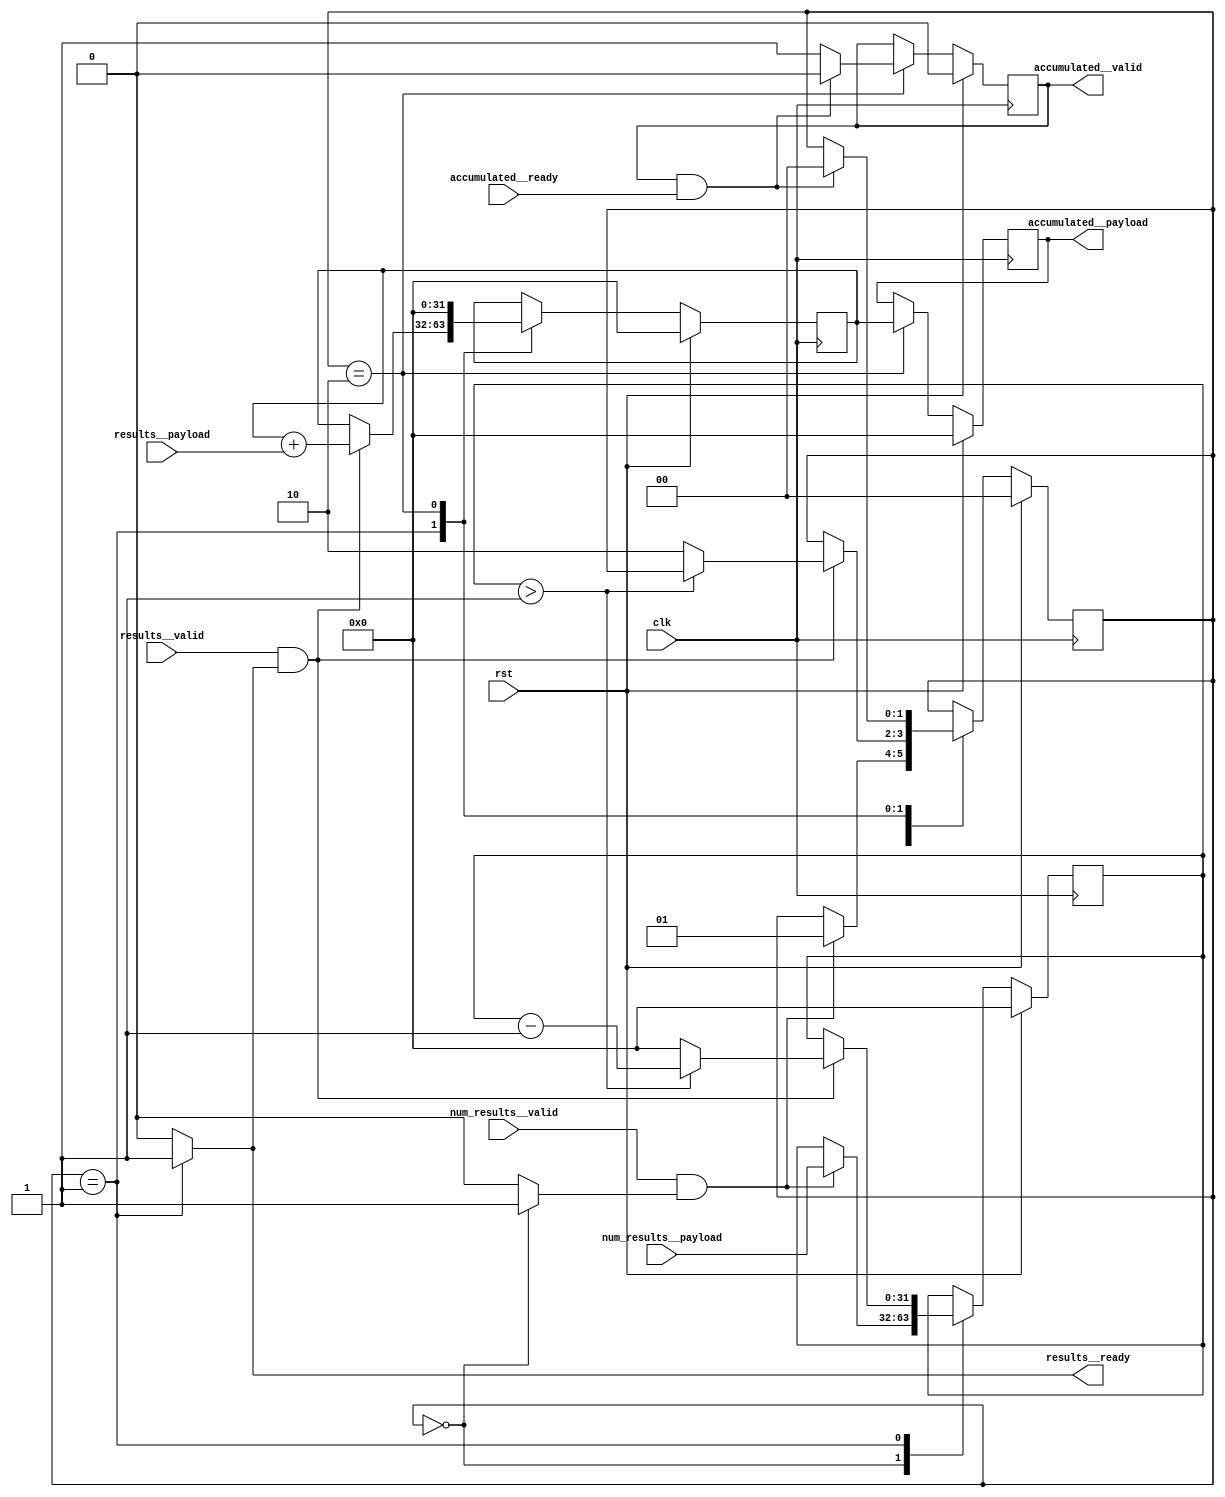
module result_accumulator(results__payload, results__ready, num_results__payload, num_results__valid, accumulated__valid, accumulated__payload, accumulated__ready, rst, clk, results__valid);
  reg \initial  = 0;
  (* src = "/media/tim/GIT/tcal-x/CFU-Playground/proj/hps_accel/gateware/stream/stream.py:98" *)
  wire \$1 ;
  (* src = "/media/tim/GIT/tcal-x/CFU-Playground/proj/hps_accel/gateware/stream/stream.py:98" *)
  wire \$10 ;
  (* src = "/media/tim/GIT/tcal-x/CFU-Playground/proj/hps_accel/gateware/stream/stream.py:98" *)
  wire \$12 ;
  (* src = "/media/tim/GIT/tcal-x/CFU-Playground/proj/hps_accel/gateware/gen1/hps_cfu.py:99" *)
  wire \$14 ;
  (* src = "/media/tim/GIT/tcal-x/CFU-Playground/proj/hps_accel/gateware/stream/stream.py:98" *)
  wire \$16 ;
  (* src = "/media/tim/GIT/tcal-x/CFU-Playground/proj/hps_accel/gateware/stream/stream.py:98" *)
  wire \$18 ;
  (* src = "/media/tim/GIT/tcal-x/CFU-Playground/proj/hps_accel/gateware/gen1/hps_cfu.py:97" *)
  wire [32:0] \$20 ;
  (* src = "/media/tim/GIT/tcal-x/CFU-Playground/proj/hps_accel/gateware/gen1/hps_cfu.py:97" *)
  wire [32:0] \$21 ;
  (* src = "/media/tim/GIT/tcal-x/CFU-Playground/proj/hps_accel/gateware/stream/stream.py:98" *)
  wire \$23 ;
  (* src = "/media/tim/GIT/tcal-x/CFU-Playground/proj/hps_accel/gateware/stream/stream.py:98" *)
  wire \$3 ;
  (* src = "/media/tim/GIT/tcal-x/CFU-Playground/proj/hps_accel/gateware/gen1/hps_cfu.py:99" *)
  wire \$5 ;
  (* src = "/media/tim/GIT/tcal-x/CFU-Playground/proj/hps_accel/gateware/gen1/hps_cfu.py:100" *)
  wire [32:0] \$7 ;
  (* src = "/media/tim/GIT/tcal-x/CFU-Playground/proj/hps_accel/gateware/gen1/hps_cfu.py:100" *)
  wire [32:0] \$8 ;
  (* src = "/media/tim/GIT/tcal-x/CFU-Playground/proj/hps_accel/gateware/gen1/hps_cfu.py:83" *)
  output [31:0] accumulated__payload;
  reg [31:0] accumulated__payload = 32'd0;
  (* src = "/media/tim/GIT/tcal-x/CFU-Playground/proj/hps_accel/gateware/gen1/hps_cfu.py:83" *)
  reg [31:0] \accumulated__payload$next ;
  (* src = "/media/tim/GIT/tcal-x/CFU-Playground/proj/hps_accel/gateware/gen1/hps_cfu.py:83" *)
  input accumulated__ready;
  (* src = "/media/tim/GIT/tcal-x/CFU-Playground/proj/hps_accel/gateware/gen1/hps_cfu.py:83" *)
  output accumulated__valid;
  reg accumulated__valid = 1'h0;
  (* src = "/media/tim/GIT/tcal-x/CFU-Playground/proj/hps_accel/gateware/gen1/hps_cfu.py:83" *)
  reg \accumulated__valid$next ;
  (* src = "/media/tim/GIT/tcal-x/CFU-Playground/proj/hps_accel/gateware/gen1/hps_cfu.py:87" *)
  reg [31:0] accumulator = 32'd0;
  (* src = "/media/tim/GIT/tcal-x/CFU-Playground/proj/hps_accel/gateware/gen1/hps_cfu.py:87" *)
  reg [31:0] \accumulator$next ;
  (* src = "/media/tim/GIT/tcal-x/CFU-Playground/third_party/python/nmigen/nmigen/hdl/ir.py:524" *)
  input clk;
  (* src = "/media/tim/GIT/tcal-x/CFU-Playground/proj/hps_accel/gateware/gen1/hps_cfu.py:88" *)
  reg [1:0] fsm_state = 2'h0;
  (* src = "/media/tim/GIT/tcal-x/CFU-Playground/proj/hps_accel/gateware/gen1/hps_cfu.py:88" *)
  reg [1:0] \fsm_state$next ;
  (* src = "/media/tim/GIT/tcal-x/CFU-Playground/proj/hps_accel/gateware/gen1/hps_cfu.py:81" *)
  input [31:0] num_results__payload;
  (* src = "/media/tim/GIT/tcal-x/CFU-Playground/proj/hps_accel/gateware/gen1/hps_cfu.py:81" *)
  reg num_results__ready;
  (* src = "/media/tim/GIT/tcal-x/CFU-Playground/proj/hps_accel/gateware/gen1/hps_cfu.py:81" *)
  input num_results__valid;
  (* src = "/media/tim/GIT/tcal-x/CFU-Playground/proj/hps_accel/gateware/gen1/hps_cfu.py:82" *)
  input [31:0] results__payload;
  (* src = "/media/tim/GIT/tcal-x/CFU-Playground/proj/hps_accel/gateware/gen1/hps_cfu.py:82" *)
  output results__ready;
  reg results__ready;
  (* src = "/media/tim/GIT/tcal-x/CFU-Playground/proj/hps_accel/gateware/gen1/hps_cfu.py:82" *)
  input results__valid;
  (* src = "/media/tim/GIT/tcal-x/CFU-Playground/proj/hps_accel/gateware/gen1/hps_cfu.py:86" *)
  reg [31:0] results_counter = 32'd0;
  (* src = "/media/tim/GIT/tcal-x/CFU-Playground/proj/hps_accel/gateware/gen1/hps_cfu.py:86" *)
  reg [31:0] \results_counter$next ;
  (* src = "/media/tim/GIT/tcal-x/CFU-Playground/third_party/python/nmigen/nmigen/hdl/ir.py:524" *)
  input rst;
  assign \$10  = num_results__valid & (* src = "/media/tim/GIT/tcal-x/CFU-Playground/proj/hps_accel/gateware/stream/stream.py:98" *) num_results__ready;
  assign \$12  = results__valid & (* src = "/media/tim/GIT/tcal-x/CFU-Playground/proj/hps_accel/gateware/stream/stream.py:98" *) results__ready;
  assign \$14  = results_counter > (* src = "/media/tim/GIT/tcal-x/CFU-Playground/proj/hps_accel/gateware/gen1/hps_cfu.py:99" *) 1'h1;
  assign \$16  = accumulated__valid & (* src = "/media/tim/GIT/tcal-x/CFU-Playground/proj/hps_accel/gateware/stream/stream.py:98" *) accumulated__ready;
  assign \$18  = results__valid & (* src = "/media/tim/GIT/tcal-x/CFU-Playground/proj/hps_accel/gateware/stream/stream.py:98" *) results__ready;
  assign \$1  = num_results__valid & (* src = "/media/tim/GIT/tcal-x/CFU-Playground/proj/hps_accel/gateware/stream/stream.py:98" *) num_results__ready;
  assign \$21  = $signed(accumulator) + (* src = "/media/tim/GIT/tcal-x/CFU-Playground/proj/hps_accel/gateware/gen1/hps_cfu.py:97" *) $signed(results__payload);
  assign \$23  = accumulated__valid & (* src = "/media/tim/GIT/tcal-x/CFU-Playground/proj/hps_accel/gateware/stream/stream.py:98" *) accumulated__ready;
  assign \$3  = results__valid & (* src = "/media/tim/GIT/tcal-x/CFU-Playground/proj/hps_accel/gateware/stream/stream.py:98" *) results__ready;
  assign \$5  = results_counter > (* src = "/media/tim/GIT/tcal-x/CFU-Playground/proj/hps_accel/gateware/gen1/hps_cfu.py:99" *) 1'h1;
  assign \$8  = results_counter - (* src = "/media/tim/GIT/tcal-x/CFU-Playground/proj/hps_accel/gateware/gen1/hps_cfu.py:100" *) 1'h1;
  always @(posedge clk)
    accumulated__valid <= \accumulated__valid$next ;
  always @(posedge clk)
    accumulated__payload <= \accumulated__payload$next ;
  always @(posedge clk)
    accumulator <= \accumulator$next ;
  always @(posedge clk)
    fsm_state <= \fsm_state$next ;
  always @(posedge clk)
    results_counter <= \results_counter$next ;
  always @* begin
    if (\initial ) begin end
    num_results__ready = 1'h0;
    (* src = "/media/tim/GIT/tcal-x/CFU-Playground/proj/hps_accel/gateware/gen1/hps_cfu.py:88" *)
    casez (fsm_state)
      /* \nmigen.decoding  = "IDLE/0" */
      /* src = "/media/tim/GIT/tcal-x/CFU-Playground/proj/hps_accel/gateware/gen1/hps_cfu.py:89" */
      2'h0:
          num_results__ready = 1'h1;
    endcase
  end
  always @* begin
    if (\initial ) begin end
    \results_counter$next  = results_counter;
    (* src = "/media/tim/GIT/tcal-x/CFU-Playground/proj/hps_accel/gateware/gen1/hps_cfu.py:88" *)
    casez (fsm_state)
      /* \nmigen.decoding  = "IDLE/0" */
      /* src = "/media/tim/GIT/tcal-x/CFU-Playground/proj/hps_accel/gateware/gen1/hps_cfu.py:89" */
      2'h0:
          (* src = "/media/tim/GIT/tcal-x/CFU-Playground/proj/hps_accel/gateware/gen1/hps_cfu.py:91" *)
          casez (\$1 )
            /* src = "/media/tim/GIT/tcal-x/CFU-Playground/proj/hps_accel/gateware/gen1/hps_cfu.py:91" */
            1'h1:
                \results_counter$next  = num_results__payload;
          endcase
      /* \nmigen.decoding  = "ACCUMULATING/1" */
      /* src = "/media/tim/GIT/tcal-x/CFU-Playground/proj/hps_accel/gateware/gen1/hps_cfu.py:94" */
      2'h1:
          (* src = "/media/tim/GIT/tcal-x/CFU-Playground/proj/hps_accel/gateware/gen1/hps_cfu.py:96" *)
          casez (\$3 )
            /* src = "/media/tim/GIT/tcal-x/CFU-Playground/proj/hps_accel/gateware/gen1/hps_cfu.py:96" */
            1'h1:
                (* full_case = 32'd1 *)
                (* src = "/media/tim/GIT/tcal-x/CFU-Playground/proj/hps_accel/gateware/gen1/hps_cfu.py:99" *)
                casez (\$5 )
                  /* src = "/media/tim/GIT/tcal-x/CFU-Playground/proj/hps_accel/gateware/gen1/hps_cfu.py:99" */
                  1'h1:
                      \results_counter$next  = \$8 [31:0];
                  /* src = "/media/tim/GIT/tcal-x/CFU-Playground/proj/hps_accel/gateware/gen1/hps_cfu.py:101" */
                  default:
                      \results_counter$next  = 32'd0;
                endcase
          endcase
    endcase
    (* src = "/media/tim/GIT/tcal-x/CFU-Playground/third_party/python/nmigen/nmigen/hdl/xfrm.py:519" *)
    casez (rst)
      1'h1:
          \results_counter$next  = 32'd0;
    endcase
  end
  always @* begin
    if (\initial ) begin end
    \fsm_state$next  = fsm_state;
    (* src = "/media/tim/GIT/tcal-x/CFU-Playground/proj/hps_accel/gateware/gen1/hps_cfu.py:88" *)
    casez (fsm_state)
      /* \nmigen.decoding  = "IDLE/0" */
      /* src = "/media/tim/GIT/tcal-x/CFU-Playground/proj/hps_accel/gateware/gen1/hps_cfu.py:89" */
      2'h0:
          (* src = "/media/tim/GIT/tcal-x/CFU-Playground/proj/hps_accel/gateware/gen1/hps_cfu.py:91" *)
          casez (\$10 )
            /* src = "/media/tim/GIT/tcal-x/CFU-Playground/proj/hps_accel/gateware/gen1/hps_cfu.py:91" */
            1'h1:
                \fsm_state$next  = 2'h1;
          endcase
      /* \nmigen.decoding  = "ACCUMULATING/1" */
      /* src = "/media/tim/GIT/tcal-x/CFU-Playground/proj/hps_accel/gateware/gen1/hps_cfu.py:94" */
      2'h1:
          (* src = "/media/tim/GIT/tcal-x/CFU-Playground/proj/hps_accel/gateware/gen1/hps_cfu.py:96" *)
          casez (\$12 )
            /* src = "/media/tim/GIT/tcal-x/CFU-Playground/proj/hps_accel/gateware/gen1/hps_cfu.py:96" */
            1'h1:
                (* full_case = 32'd1 *)
                (* src = "/media/tim/GIT/tcal-x/CFU-Playground/proj/hps_accel/gateware/gen1/hps_cfu.py:99" *)
                casez (\$14 )
                  /* src = "/media/tim/GIT/tcal-x/CFU-Playground/proj/hps_accel/gateware/gen1/hps_cfu.py:99" */
                  1'h1:
                      /* empty */;
                  /* src = "/media/tim/GIT/tcal-x/CFU-Playground/proj/hps_accel/gateware/gen1/hps_cfu.py:101" */
                  default:
                      \fsm_state$next  = 2'h2;
                endcase
          endcase
      /* \nmigen.decoding  = "DONE/2" */
      /* src = "/media/tim/GIT/tcal-x/CFU-Playground/proj/hps_accel/gateware/gen1/hps_cfu.py:104" */
      2'h2:
          (* src = "/media/tim/GIT/tcal-x/CFU-Playground/proj/hps_accel/gateware/gen1/hps_cfu.py:108" *)
          casez (\$16 )
            /* src = "/media/tim/GIT/tcal-x/CFU-Playground/proj/hps_accel/gateware/gen1/hps_cfu.py:108" */
            1'h1:
                \fsm_state$next  = 2'h0;
          endcase
    endcase
    (* src = "/media/tim/GIT/tcal-x/CFU-Playground/third_party/python/nmigen/nmigen/hdl/xfrm.py:519" *)
    casez (rst)
      1'h1:
          \fsm_state$next  = 2'h0;
    endcase
  end
  always @* begin
    if (\initial ) begin end
    results__ready = 1'h0;
    (* src = "/media/tim/GIT/tcal-x/CFU-Playground/proj/hps_accel/gateware/gen1/hps_cfu.py:88" *)
    casez (fsm_state)
      /* \nmigen.decoding  = "IDLE/0" */
      /* src = "/media/tim/GIT/tcal-x/CFU-Playground/proj/hps_accel/gateware/gen1/hps_cfu.py:89" */
      2'h0:
          /* empty */;
      /* \nmigen.decoding  = "ACCUMULATING/1" */
      /* src = "/media/tim/GIT/tcal-x/CFU-Playground/proj/hps_accel/gateware/gen1/hps_cfu.py:94" */
      2'h1:
          results__ready = 1'h1;
    endcase
  end
  always @* begin
    if (\initial ) begin end
    \accumulator$next  = accumulator;
    (* src = "/media/tim/GIT/tcal-x/CFU-Playground/proj/hps_accel/gateware/gen1/hps_cfu.py:88" *)
    casez (fsm_state)
      /* \nmigen.decoding  = "IDLE/0" */
      /* src = "/media/tim/GIT/tcal-x/CFU-Playground/proj/hps_accel/gateware/gen1/hps_cfu.py:89" */
      2'h0:
          /* empty */;
      /* \nmigen.decoding  = "ACCUMULATING/1" */
      /* src = "/media/tim/GIT/tcal-x/CFU-Playground/proj/hps_accel/gateware/gen1/hps_cfu.py:94" */
      2'h1:
          (* src = "/media/tim/GIT/tcal-x/CFU-Playground/proj/hps_accel/gateware/gen1/hps_cfu.py:96" *)
          casez (\$18 )
            /* src = "/media/tim/GIT/tcal-x/CFU-Playground/proj/hps_accel/gateware/gen1/hps_cfu.py:96" */
            1'h1:
                \accumulator$next  = \$21 [31:0];
          endcase
      /* \nmigen.decoding  = "DONE/2" */
      /* src = "/media/tim/GIT/tcal-x/CFU-Playground/proj/hps_accel/gateware/gen1/hps_cfu.py:104" */
      2'h2:
          \accumulator$next  = 32'd0;
    endcase
    (* src = "/media/tim/GIT/tcal-x/CFU-Playground/third_party/python/nmigen/nmigen/hdl/xfrm.py:519" *)
    casez (rst)
      1'h1:
          \accumulator$next  = 32'd0;
    endcase
  end
  always @* begin
    if (\initial ) begin end
    \accumulated__payload$next  = accumulated__payload;
    (* src = "/media/tim/GIT/tcal-x/CFU-Playground/proj/hps_accel/gateware/gen1/hps_cfu.py:88" *)
    casez (fsm_state)
      /* \nmigen.decoding  = "IDLE/0" */
      /* src = "/media/tim/GIT/tcal-x/CFU-Playground/proj/hps_accel/gateware/gen1/hps_cfu.py:89" */
      2'h0:
          /* empty */;
      /* \nmigen.decoding  = "ACCUMULATING/1" */
      /* src = "/media/tim/GIT/tcal-x/CFU-Playground/proj/hps_accel/gateware/gen1/hps_cfu.py:94" */
      2'h1:
          /* empty */;
      /* \nmigen.decoding  = "DONE/2" */
      /* src = "/media/tim/GIT/tcal-x/CFU-Playground/proj/hps_accel/gateware/gen1/hps_cfu.py:104" */
      2'h2:
          \accumulated__payload$next  = accumulator;
    endcase
    (* src = "/media/tim/GIT/tcal-x/CFU-Playground/third_party/python/nmigen/nmigen/hdl/xfrm.py:519" *)
    casez (rst)
      1'h1:
          \accumulated__payload$next  = 32'd0;
    endcase
  end
  always @* begin
    if (\initial ) begin end
    \accumulated__valid$next  = accumulated__valid;
    (* src = "/media/tim/GIT/tcal-x/CFU-Playground/proj/hps_accel/gateware/gen1/hps_cfu.py:88" *)
    casez (fsm_state)
      /* \nmigen.decoding  = "IDLE/0" */
      /* src = "/media/tim/GIT/tcal-x/CFU-Playground/proj/hps_accel/gateware/gen1/hps_cfu.py:89" */
      2'h0:
          /* empty */;
      /* \nmigen.decoding  = "ACCUMULATING/1" */
      /* src = "/media/tim/GIT/tcal-x/CFU-Playground/proj/hps_accel/gateware/gen1/hps_cfu.py:94" */
      2'h1:
          /* empty */;
      /* \nmigen.decoding  = "DONE/2" */
      /* src = "/media/tim/GIT/tcal-x/CFU-Playground/proj/hps_accel/gateware/gen1/hps_cfu.py:104" */
      2'h2:
        begin
          \accumulated__valid$next  = 1'h1;
          (* src = "/media/tim/GIT/tcal-x/CFU-Playground/proj/hps_accel/gateware/gen1/hps_cfu.py:108" *)
          casez (\$23 )
            /* src = "/media/tim/GIT/tcal-x/CFU-Playground/proj/hps_accel/gateware/gen1/hps_cfu.py:108" */
            1'h1:
                \accumulated__valid$next  = 1'h0;
          endcase
        end
    endcase
    (* src = "/media/tim/GIT/tcal-x/CFU-Playground/third_party/python/nmigen/nmigen/hdl/xfrm.py:519" *)
    casez (rst)
      1'h1:
          \accumulated__valid$next  = 1'h0;
    endcase
  end
  assign \$7  = \$8 ;
  assign \$20  = \$21 ;
endmodule